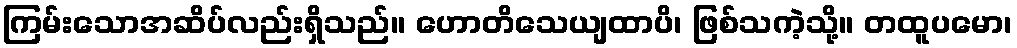
ကြမ်းသောအဆိပ်လည်းရှိသည်။ ဟောတိသေယျထာပိ၊ ဖြစ်သကဲ့သို့။ တထူပမော၊